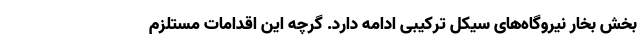
بخش بخار نیروگاه‌های سیکل ترکیبی ادامه دارد. گرچه این اقدامات مستلزم